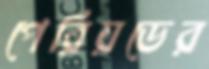
পেরিয়ডের